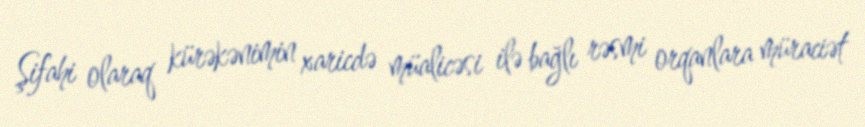
Şifahi olaraq kürəkənimin xaricdə müalicəsi ilə bağlı rəsmi orqanlara müraciət